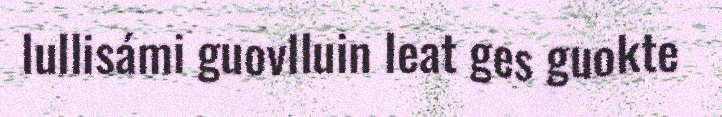
lullisámi guovlluin leat ges guokte